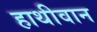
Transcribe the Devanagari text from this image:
हाथीवान